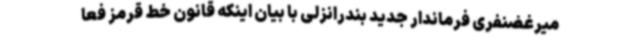
میرغضنفری فرماندار جدید بندرانزلی با بیان اینکه قانون خط قرمز فعا